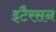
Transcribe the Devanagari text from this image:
इटैरसन